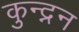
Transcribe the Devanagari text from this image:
कुन्द्नन